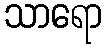
သာရော